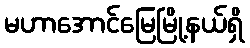
မဟာအောင်မြေမြို့နယ်ရှိ